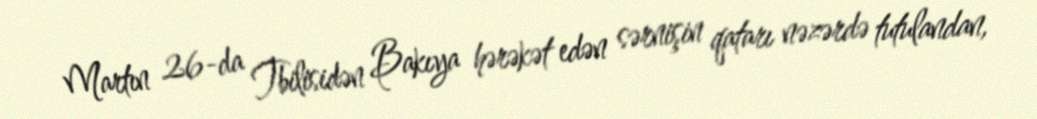
Martın 26-da Tbilisidən Bakıya hərəkət edən sərnişin qatarı nəzərdə tutulandan,